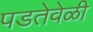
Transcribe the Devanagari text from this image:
पडतेवेळी